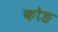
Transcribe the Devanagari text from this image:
कोङ